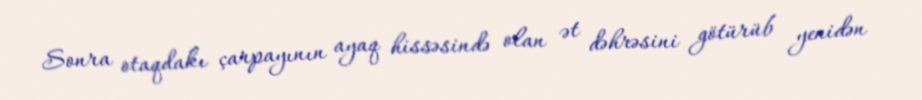
Sonra otaqdakı çarpayının ayaq hissəsində olan ət dəhrəsini götürüb yenidən